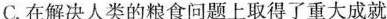
C.在解决人类的粮食问题上取得了重大成就